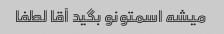
میشه اسمتونو بگید آقا لطفا